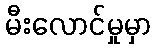
မီးလောင်မှုမှာ